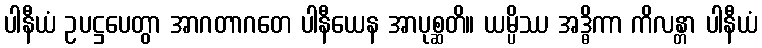
ပါနီယံ ဥပဋ္ဌပေတွာ အာဂတာဂတေ ပါနီယေန အာပုစ္ဆတိ။ ယမ္ပိဿ အဒ္ဓိကာ ကိလန္တာ ပါနီယံ